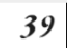
39